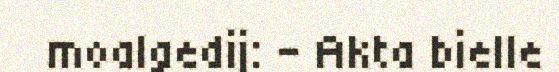
moalgedij: – Akta bielle